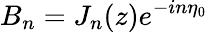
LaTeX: B_{n}=J_{n}(z)e^{-in\eta_{0}}